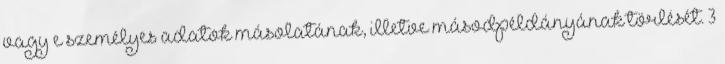
vagy e személyes adatok másolatának, illetve másodpéldányának törlését. 3